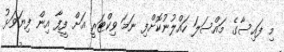
މި ފައިސާގެ މައްސަލަ ހައްލުނުކޮށްފި ނަމަ ވިކްޓަރީ އަށް ފީފާ އިން ފިޔަވަޅު